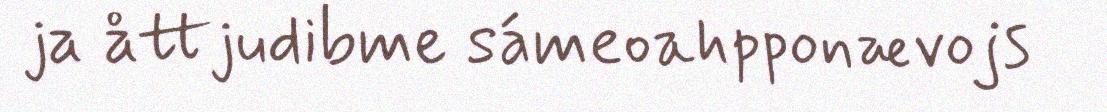
ja åttjudibme sámeoahpponævojs